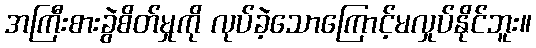
အကြီးစားခွဲစိတ်မှုကို လုပ်ခဲ့သောကြောင့်မလှုပ်နိုင်ဘူး။